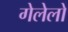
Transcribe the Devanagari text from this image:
गेलेलो